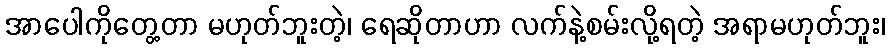
အာပေါကိုတွေ့တာ မဟုတ်ဘူးတဲ့၊ ရေဆိုတာဟာ လက်နဲ့စမ်းလို့ရတဲ့ အရာမဟုတ်ဘူး၊